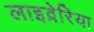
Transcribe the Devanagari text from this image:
लाइव्रेरिया